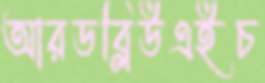
আরডব্লিউএইচ